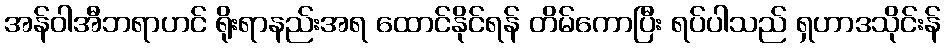
အန်ဝါအီဘရာဟင် ရိုးရာနည်းအရ ထောင်နိုင်ရန် တိမ်ကောပြီး ရပ်ပါသည် ရှဟာဒသိုင်းန်